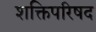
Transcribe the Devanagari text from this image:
शक्तिपरिषद